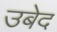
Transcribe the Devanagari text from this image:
उबेद